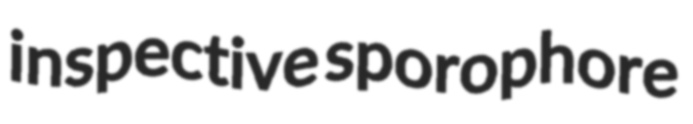
inspective sporophore